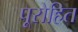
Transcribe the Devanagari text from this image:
पूरोहित